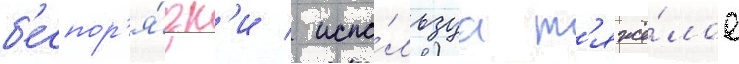
б'еспор'я́дк'и / испо́льзуа т'яжё́лое